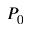
P _ { 0 }